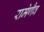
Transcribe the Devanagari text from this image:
रामेणैव